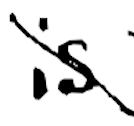
Text: is
Cross-out: diagonal
Writing tool: digital_black